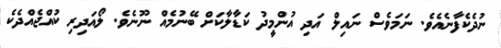
ނުދެކެފާނެއެވެ. ނަމަވެސް ނައިލް އަދި އުންމީދު ކަޑާލާކަށް ބޭނުމެއް ނޫނެވެ. ލޯއަދިރި ކުއްޖެއްދެކެ